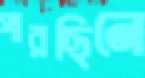
পারছিনে